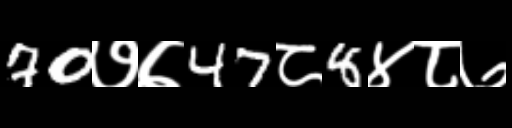
Text: 70७७47८8४८७